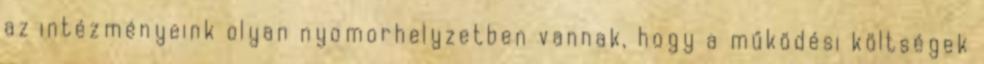
az intézményeink olyan nyomorhelyzetben vannak, hogy a működési költségek